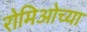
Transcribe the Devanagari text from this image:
रोमिओच्या